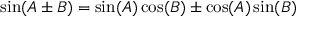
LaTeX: \sin ( A \pm B ) = \sin ( A ) \cos ( B ) \pm \cos ( A ) \sin ( B )